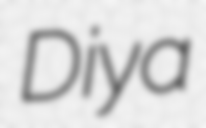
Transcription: Diya